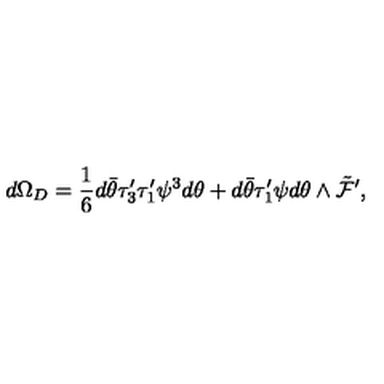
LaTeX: d \Omega _ { D } = \frac { 1 } { 6 } d \bar { \theta } \tau _ { 3 } ^ { \prime } \tau _ { 1 } ^ { \prime } \psi ^ { 3 } d \theta + d \bar { \theta } \tau _ { 1 } ^ { \prime } \psi d \theta \wedge \tilde { \cal F } ^ { \prime } ,